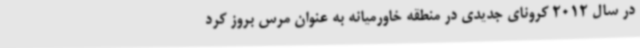
در سال 2012 کرونای جدیدی در منطقه خاورمیانه به عنوان مرس بروز کرد